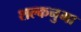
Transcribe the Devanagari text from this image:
शल्कनुमा